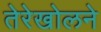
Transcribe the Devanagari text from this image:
तेरेखोलने